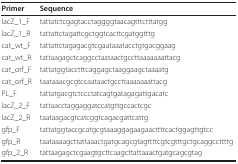
<table><thead><tr><td><b>Primer</b></td><td><b>Sequence</b></td></tr></thead><tbody><tr><td>lacZ_1_F</td><td>tattatctcgagtacctaggggtaacagtttctttatgg</td></tr><tr><td>lacZ_1_R</td><td>tattattctagattcgctggtcacttcgatggtttg</td></tr><tr><td>cat_wt_F</td><td>tattattctagagacgtcgaataaatacctgtgacggaag</td></tr><tr><td>cat_wt_R</td><td>tattaagagctcaggcctaataactgccttaaaaaaattacg</td></tr><tr><td>cat_orf_F</td><td>tattatggtacctttcaggagctaaggaagctaaaatg</td></tr><tr><td>cat_orf_R</td><td>taataaacgcgtccaataactgccttaaaaaaattacg</td></tr><tr><td>PL_F</td><td>tattatgacgtctccctatcagtgatagagattgacatc</td></tr><tr><td>lacZ_2_F</td><td>tattaacctaggaggatccatgttgccactcgc</td></tr><tr><td>lacZ_2_R</td><td>taataagacgtcatcggtcagacgattcattg</td></tr><tr><td>gfp_F</td><td>tattatggtaccgcatgcgtaaaggagaagaacttttcactggagttgtcc</td></tr><tr><td>gfp_R</td><td>taataaaagcttattaaactgatgcagcgtagttttcgtcgtttgctgcaggccttttg</td></tr><tr><td>gfp_2_R</td><td>tattaagagctcgaagtgcttcaagcttattaaactgatgcagcgtag</td></tr></tbody></table>